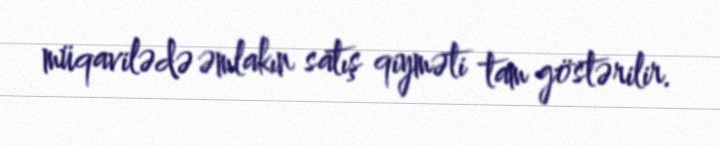
müqavilədə əmlakın satış qiyməti tam göstərilir.